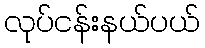
လုပ်ငန်းနယ်ပယ်